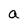
Character: a